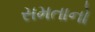
સમતાનો